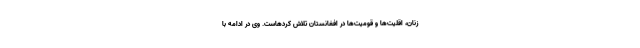
زنان، اقلیت‌ها و قومیت‌ها در افغانستان تلاش کردهاست. وی در ادامه با